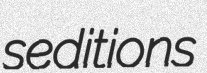
seditions